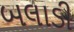
બલાડી